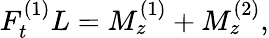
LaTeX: F_{t}^{(1)}L=M_{z}^{(1)}+M_{z}^{(2)},